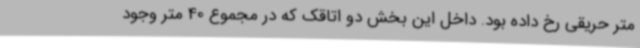
متر حریقی رخ داده بود. داخل این بخش دو اتاقک که در مجموع 40 متر وجود